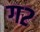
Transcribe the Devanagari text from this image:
ग२